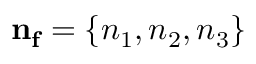
{ \bf n _ { f } } = \{ n _ { 1 } , n _ { 2 } , n _ { 3 } \}